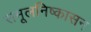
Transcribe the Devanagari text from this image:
समूलनिष्कासन